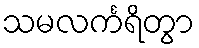
သမလင်္ကရိတွာ